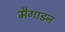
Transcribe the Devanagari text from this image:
मैगाडन